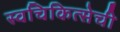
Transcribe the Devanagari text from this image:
स्वचिकित्सेची